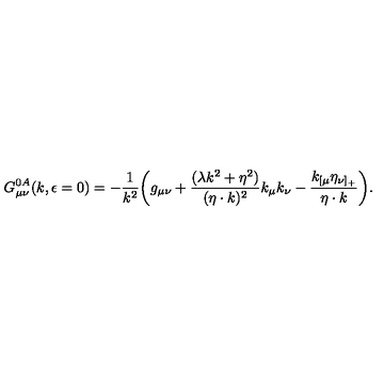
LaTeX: G _ { \mu \nu } ^ { 0 A } ( k , \epsilon = 0 ) = - { \frac { 1 } { k ^ { 2 } } } \biggl ( g _ { \mu \nu } + { \frac { ( \lambda k ^ { 2 } + \eta ^ { 2 } ) } { ( \eta \cdot k ) ^ { 2 } } } k _ { \mu } k _ { \nu } - { \frac { k _ { [ \mu } \eta _ { \nu ] _ { + } } } { \eta \cdot k } } \biggr ) .